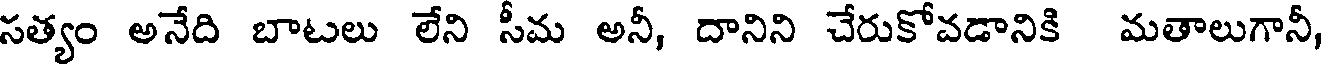
సత్యం అనేది బాటలు లేని సీమ అనీ, దానిని చేరుకోవడానికి మతాలుగానీ,